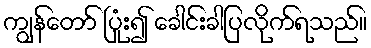
ကျွန်တော် ပြုံး၍ ခေါင်းခါပြလိုက်ရသည်။